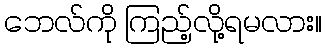
ဘေလ်ကို ကြည့်လို့ရမလား။